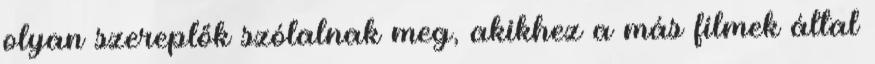
olyan szereplők szólalnak meg, akikhez a más filmek által